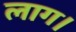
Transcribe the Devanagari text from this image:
लाग।